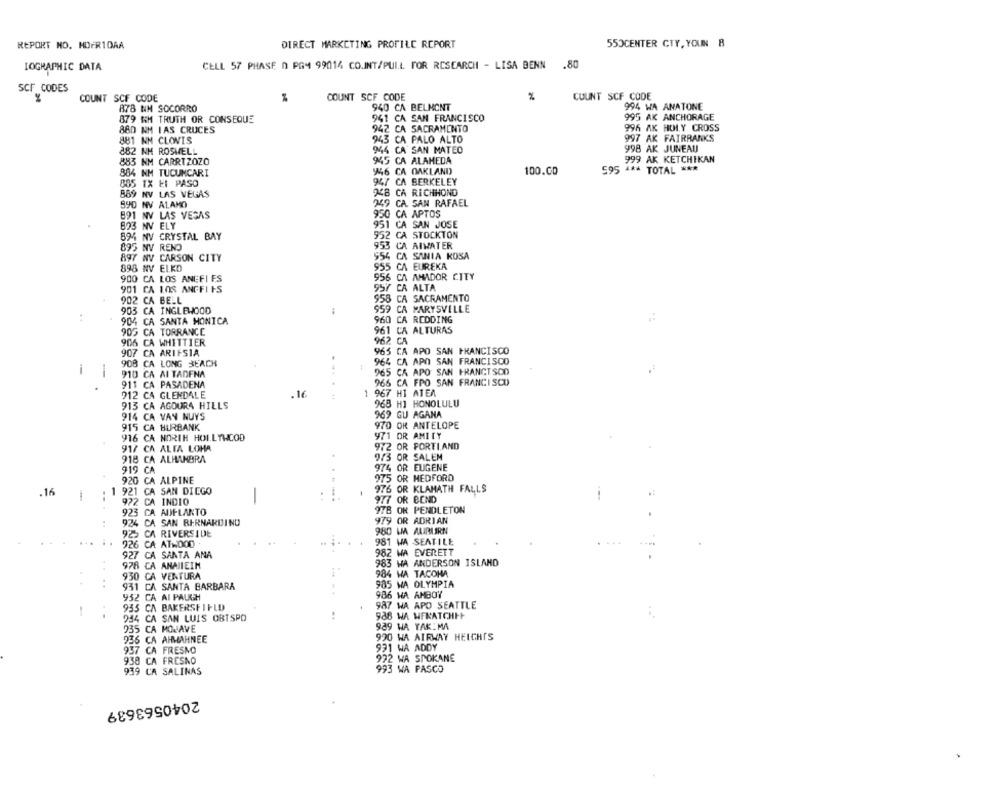
REPORT NO. HOFR10AA
DIRECT MARKETING PROFILE REPORT
550CENTER CTY, YOUN 8
IOGRAPHIC DATA
CELL 57 PHASE n PG4 99014 CO.INT/PULL FOR RESEARCH - LISA BENN
.80
SCF CODES
COUNT SCF CODE
COUNT SCF CODE
%
COUNT SCF CODE
%
878 NM SOCORRO
940 CA BELMONT
994 WA ANATONE
879 NM TRUTH OR CONSEQUE
941 CA SAN FRANCISCO
995 AK ANCHORAGE
942 CA SACRAMENTO
996 AK HOLY CROSS
880 NM LAS CRUCES
881 NM CLOVIS
943 CA PALO ALTO
997 AK FAIRRANKS
382 NM ROSWELL
944 CA SAN MATEO
998 AK JUNEAU
999 AK KETCHIKAN
883 NM CARRIZOZO
945 CA ALAMEDA
884 NM TUCUMCARI
946 CA OAKLAND)
100.00
595 *** TOTAL ***
885 1X EL PASO
947 CA BERKELEY
889 NV LAS VEGAS
948 CA RICHHOND
890 NV ALAMO
249 CA. SAN RAFAEL
891 NV LAS VEGAS
950 CA APTOS
823 NV ELY
951 CA SAN JOSE
894 NV CRYSTAL BAY
952 CA STOCKTON
895 NV REND
953 CA AIWATER
897 NV CARSON CITY
954 CA SANIA KOSA
898 NV ELKO
955 CA EUREKA
900 CA LOS ANCFI ES
956 CA AMADOR CITY
901 CA LOS ANGFITS
957 CA ALTA
902 CA BELL
958
958 CA SACRAMENTO
903 CA INGLEWOOD
959 CA MARYSVILLE
904 CA SANTA MONICA
960 CA REDDING
905 CA TORRANCE
961 CA ALTURAS
906 C
A WHITTIER
962 CA
907 CA ARIFSIA
965 CA APO SAN FRANCISCO
908 CA LONG BEACH
964 CA APO SAN FRANCISCO
i
1
965 CA APO SAN FRANCISCO
910 CA MI TADFNA
911 CA PASADENA
966 CA FPO SAN FRANCISCO
912 CA GLENDALE
.16
1 967 HI ATEA
968 HJ HONOLULU
913 CA AGOURA HILLS
914 CA VAN NUYS
969 GU AGANA
915 CA BURBANK
970 OR ANTELOPE
971 OR AMITY
916 CA NORTH HOLLYWOOD
917 CA ALTA LOHA
972 OR PORTIAND
918 CA ALHAMBRA
9/3 OR SALEM
974 OR EUGENE
919 CA
920 CA ALPINE
975 OR MEDFORD
1 921 CA SAN DIEGO
976 OR KLAMATH FALLS
.16
-
977 OR BEND
922 CA INDIO
923 CA AUFLANTO
978 OR PENDLETON
924 CA SAN BERNARDINO
979 OR ADRIAN
980 WA AURUSRN
925 CA RIVERSIDE
.....
926 CA ATWOOD .
981 WA SEATILE
927 CA SANTA ANA
982 WA EVERETT
983 WA ANDERSON ISLAND
978 CA ANAIIEIN
930 CA VENTURA
984 WA TACOHA
931 CA SANTA BARBARA
985 WA OLYMPIA
986 WA AMBOY
932 CA AI PAUGH
935 CA BAKERSFIELD
987 WA APO SEATTLE
1
244 CA SAN LUIS OBISPO
:
988 WA WERATCHI
939 WA TAKIMA
935 CA MOJAVE
936 CA AHMAHNEE
990 WA AIRWAY HEIGHTS
937 CA FRESNO
931 WA ADDY
922 WA SPOKANE
938 CA FRESNO
939 CA SALINAS
993 WA PASCO
2040563639